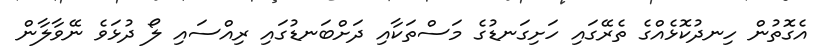
އެގޮތުން ހިނދުކޮޅެއްގެ ތެރޭގައި ހަށިގަނޑުގެ މަސްތަކާއި ދަށްބަނޑުގައި ރިއްސައި ލޯ ދުޅަވެ ނޭވާލާން